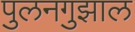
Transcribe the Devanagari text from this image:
पुलनगुझाल